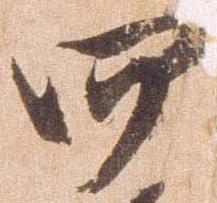
四